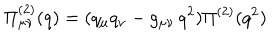
\Pi _ { \mu \nu } ^ { ( 2 ) } ( q ) = ( q _ { \mu } q _ { \nu } - g _ { \mu \nu } \, q ^ { 2 } ) \Pi ^ { ( 2 ) } ( q ^ { 2 } )